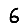
Digit: 6